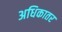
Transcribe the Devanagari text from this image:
अधिकातर